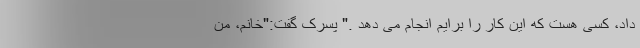
داد، کسی هست که این کار را برایم انجام می دهد ." پسرک گفت:"خانم، من